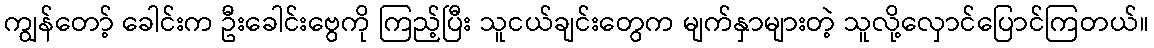
ကျွန်တော့် ခေါင်းက ဦးခေါင်းဗွေကို ကြည့်ပြီး သူငယ်ချင်းတွေက မျက်နှာများတဲ့ သူလို့လှောင်ပြောင်ကြတယ်။